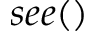
s e e ( )